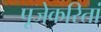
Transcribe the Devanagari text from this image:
पूजेकरितां